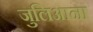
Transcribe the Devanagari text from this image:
जुलिआना